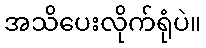
အသိပေးလိုက်ရုံပဲ။